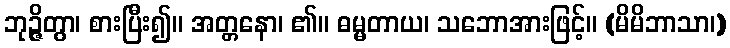
ဘုဉ္ဇိတွာ၊ စားပြီး၍။ အတ္တနော၊ ၏။ ဓမ္မတာယ၊ သဘောအားဖြင့်။ (မိမိဘာသာ၊)